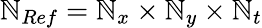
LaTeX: \mathbb{N}_{Ref}=\mathbb{N}_{x}\times\mathbb{N}_{y}\times\mathbb{N}_{t}